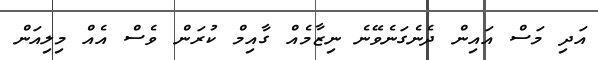
އަދި މަސް އައިން ދެނެގަނެވޭނެ ނިޒާމެއް ގާއިމް ކުރަން ވެސް އެއް މިލިއަން